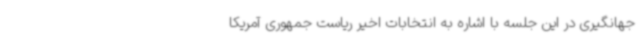
جهانگیری در این جلسه با اشاره به انتخابات اخیر ریاست جمهوری آمریکا